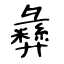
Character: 彝